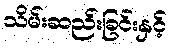
သိမ်းဆည်းခြင်းနှင့်